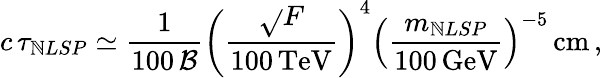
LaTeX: c\, \tau_{\mathbb{N}LSP}\simeq\frac{{1}}{{100\, \cal{B}}}\left(\frac{{\sqrt{}{{F}}}}{{100\, \mathrm{{TeV}}}}\right)^{4}\left(\frac{{m_{\mathbb{N}LSP}}}{{100\, \mathrm{{GeV}}}}\right)^{-5}\, \mathrm{{cm}}\, ,